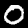
Label: 0